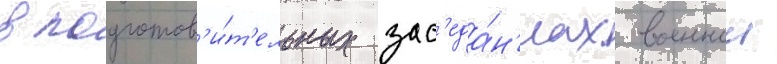
в подготов'и́т'ельных зас'еда́н'иах военнои